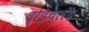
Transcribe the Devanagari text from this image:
दोइच्लंद